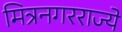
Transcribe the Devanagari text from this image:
मित्रनगरराज्ये